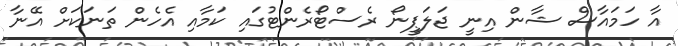
އާ ހަމައާސް ޝާން އިނީ ޖަލަޕީނޯ ރެސްޓޯރެންޓުގައި ކަމާއި އެހެން ތަނަކަށް އޭނާ